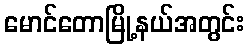
မောင်တောမြို့နယ်အတွင်း